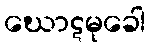
ဃောဋမုခေါ